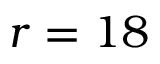
r = 1 8